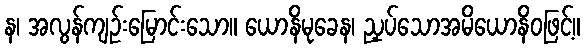
န၊ အလွန်ကျဉ်းမြောင်းသော။ ယောနိမုခေန၊ ညှပ်သောအမိယောနိဝဖြင့်။